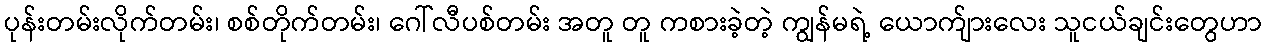
ပုန်းတမ်းလိုက်တမ်း၊ စစ်တိုက်တမ်း၊ ဂေါ်လီပစ်တမ်း အတူ တူ ကစားခဲ့တဲ့ ကျွန်မရဲ့ ယောက်ျားလေး သူငယ်ချင်းတွေဟာ